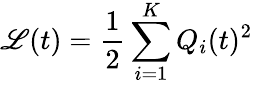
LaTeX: \mathscr{L}(t)={\frac{{1}}{{2}}}\sum_{i=1}^{K}Q_{i}(t)^{2}